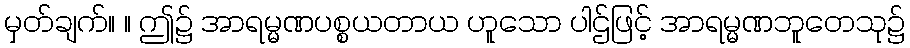
မှတ်ချက်။ ။ ဤ၌ အာရမ္မဏပစ္စယတာယ ဟူသော ပါဌ်ဖြင့် အာရမ္မဏဘူတေသု၌